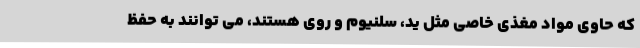
که حاوی مواد مغذی خاصی مثل ید، سلنیوم و روی هستند، می توانند به حفظ